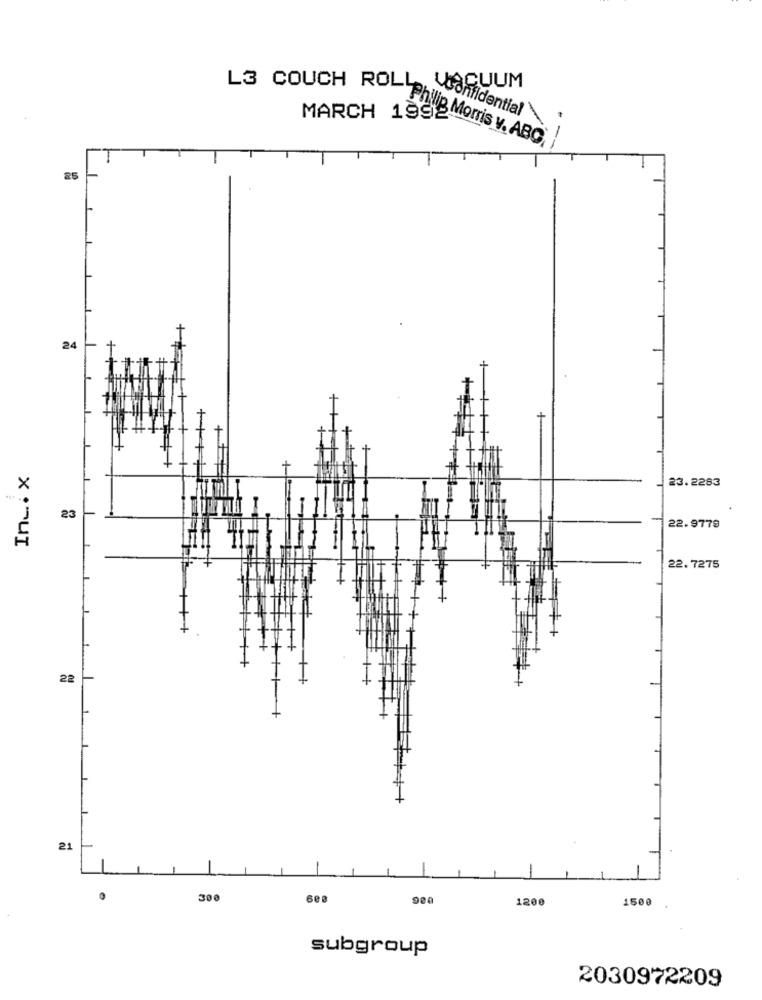
CUUM
MARCH 1992
Confidential
L3 COUCH ROL Philip Morris v. ABO,
25
24
Inc.x
23.2283
23
22.9779
22. 7275
22
+
21
-
300
1200
1500
subgroup
2030972209